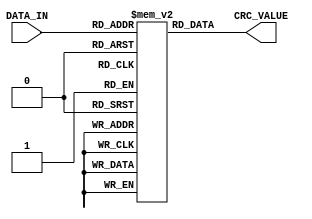
`timescale 1ns / 1ps
//////////////////////////////////////////////////////////////////////////////////
// Company: 
// Engineer: 
// 
// Design Name: 
// Module Name: lut_03
// Project Name: 
// Target Devices: 
// Tool Versions: 
// Description: 
// 
// Dependencies: 
// 
// Revision:
// Revision 0.01 - File Created
// Additional Comments:
// 
//////////////////////////////////////////////////////////////////////////////////


module lut_03(
    input [7:0] DATA_IN,
    output [31:0] CRC_VALUE
    );
    
    
    reg [31:0] rom[255:0];
    assign CRC_VALUE = rom[DATA_IN];
    
    initial
    begin
        rom[0] <= 32'h00000000;
        rom[1] <= 32'h01d8ac87;
        rom[2] <= 32'h03b1590e;
        rom[3] <= 32'h0269f589;
        rom[4] <= 32'h0762b21c;
        rom[5] <= 32'h06ba1e9b;
        rom[6] <= 32'h04d3eb12;
        rom[7] <= 32'h050b4795;
        rom[8] <= 32'h0ec56438;
        rom[9] <= 32'h0f1dc8bf;
        rom[10] <= 32'h0d743d36;
        rom[11] <= 32'h0cac91b1;
        rom[12] <= 32'h09a7d624;
        rom[13] <= 32'h087f7aa3;
        rom[14] <= 32'h0a168f2a;
        rom[15] <= 32'h0bce23ad;
        rom[16] <= 32'h1d8ac870;
        rom[17] <= 32'h1c5264f7;
        rom[18] <= 32'h1e3b917e;
        rom[19] <= 32'h1fe33df9;
        rom[20] <= 32'h1ae87a6c;
        rom[21] <= 32'h1b30d6eb;
        rom[22] <= 32'h19592362;
        rom[23] <= 32'h18818fe5;
        rom[24] <= 32'h134fac48;
        rom[25] <= 32'h129700cf;
        rom[26] <= 32'h10fef546;
        rom[27] <= 32'h112659c1;
        rom[28] <= 32'h142d1e54;
        rom[29] <= 32'h15f5b2d3;
        rom[30] <= 32'h179c475a;
        rom[31] <= 32'h1644ebdd;
        rom[32] <= 32'h3b1590e0;
        rom[33] <= 32'h3acd3c67;
        rom[34] <= 32'h38a4c9ee;
        rom[35] <= 32'h397c6569;
        rom[36] <= 32'h3c7722fc;
        rom[37] <= 32'h3daf8e7b;
        rom[38] <= 32'h3fc67bf2;
        rom[39] <= 32'h3e1ed775;
        rom[40] <= 32'h35d0f4d8;
        rom[41] <= 32'h3408585f;
        rom[42] <= 32'h3661add6;
        rom[43] <= 32'h37b90151;
        rom[44] <= 32'h32b246c4;
        rom[45] <= 32'h336aea43;
        rom[46] <= 32'h31031fca;
        rom[47] <= 32'h30dbb34d;
        rom[48] <= 32'h269f5890;
        rom[49] <= 32'h2747f417;
        rom[50] <= 32'h252e019e;
        rom[51] <= 32'h24f6ad19;
        rom[52] <= 32'h21fdea8c;
        rom[53] <= 32'h2025460b;
        rom[54] <= 32'h224cb382;
        rom[55] <= 32'h23941f05;
        rom[56] <= 32'h285a3ca8;
        rom[57] <= 32'h2982902f;
        rom[58] <= 32'h2beb65a6;
        rom[59] <= 32'h2a33c921;
        rom[60] <= 32'h2f388eb4;
        rom[61] <= 32'h2ee02233;
        rom[62] <= 32'h2c89d7ba;
        rom[63] <= 32'h2d517b3d;
        rom[64] <= 32'h762b21c0;
        rom[65] <= 32'h77f38d47;
        rom[66] <= 32'h759a78ce;
        rom[67] <= 32'h7442d449;
        rom[68] <= 32'h714993dc;
        rom[69] <= 32'h70913f5b;
        rom[70] <= 32'h72f8cad2;
        rom[71] <= 32'h73206655;
        rom[72] <= 32'h78ee45f8;
        rom[73] <= 32'h7936e97f;
        rom[74] <= 32'h7b5f1cf6;
        rom[75] <= 32'h7a87b071;
        rom[76] <= 32'h7f8cf7e4;
        rom[77] <= 32'h7e545b63;
        rom[78] <= 32'h7c3daeea;
        rom[79] <= 32'h7de5026d;
        rom[80] <= 32'h6ba1e9b0;
        rom[81] <= 32'h6a794537;
        rom[82] <= 32'h6810b0be;
        rom[83] <= 32'h69c81c39;
        rom[84] <= 32'h6cc35bac;
        rom[85] <= 32'h6d1bf72b;
        rom[86] <= 32'h6f7202a2;
        rom[87] <= 32'h6eaaae25;
        rom[88] <= 32'h65648d88;
        rom[89] <= 32'h64bc210f;
        rom[90] <= 32'h66d5d486;
        rom[91] <= 32'h670d7801;
        rom[92] <= 32'h62063f94;
        rom[93] <= 32'h63de9313;
        rom[94] <= 32'h61b7669a;
        rom[95] <= 32'h606fca1d;
        rom[96] <= 32'h4d3eb120;
        rom[97] <= 32'h4ce61da7;
        rom[98] <= 32'h4e8fe82e;
        rom[99] <= 32'h4f5744a9;
        rom[100] <= 32'h4a5c033c;
        rom[101] <= 32'h4b84afbb;
        rom[102] <= 32'h49ed5a32;
        rom[103] <= 32'h4835f6b5;
        rom[104] <= 32'h43fbd518;
        rom[105] <= 32'h4223799f;
        rom[106] <= 32'h404a8c16;
        rom[107] <= 32'h41922091;
        rom[108] <= 32'h44996704;
        rom[109] <= 32'h4541cb83;
        rom[110] <= 32'h47283e0a;
        rom[111] <= 32'h46f0928d;
        rom[112] <= 32'h50b47950;
        rom[113] <= 32'h516cd5d7;
        rom[114] <= 32'h5305205e;
        rom[115] <= 32'h52dd8cd9;
        rom[116] <= 32'h57d6cb4c;
        rom[117] <= 32'h560e67cb;
        rom[118] <= 32'h54679242;
        rom[119] <= 32'h55bf3ec5;
        rom[120] <= 32'h5e711d68;
        rom[121] <= 32'h5fa9b1ef;
        rom[122] <= 32'h5dc04466;
        rom[123] <= 32'h5c18e8e1;
        rom[124] <= 32'h5913af74;
        rom[125] <= 32'h58cb03f3;
        rom[126] <= 32'h5aa2f67a;
        rom[127] <= 32'h5b7a5afd;
        rom[128] <= 32'hec564380;
        rom[129] <= 32'hed8eef07;
        rom[130] <= 32'hefe71a8e;
        rom[131] <= 32'hee3fb609;
        rom[132] <= 32'heb34f19c;
        rom[133] <= 32'heaec5d1b;
        rom[134] <= 32'he885a892;
        rom[135] <= 32'he95d0415;
        rom[136] <= 32'he29327b8;
        rom[137] <= 32'he34b8b3f;
        rom[138] <= 32'he1227eb6;
        rom[139] <= 32'he0fad231;
        rom[140] <= 32'he5f195a4;
        rom[141] <= 32'he4293923;
        rom[142] <= 32'he640ccaa;
        rom[143] <= 32'he798602d;
        rom[144] <= 32'hf1dc8bf0;
        rom[145] <= 32'hf0042777;
        rom[146] <= 32'hf26dd2fe;
        rom[147] <= 32'hf3b57e79;
        rom[148] <= 32'hf6be39ec;
        rom[149] <= 32'hf766956b;
        rom[150] <= 32'hf50f60e2;
        rom[151] <= 32'hf4d7cc65;
        rom[152] <= 32'hff19efc8;
        rom[153] <= 32'hfec1434f;
        rom[154] <= 32'hfca8b6c6;
        rom[155] <= 32'hfd701a41;
        rom[156] <= 32'hf87b5dd4;
        rom[157] <= 32'hf9a3f153;
        rom[158] <= 32'hfbca04da;
        rom[159] <= 32'hfa12a85d;
        rom[160] <= 32'hd743d360;
        rom[161] <= 32'hd69b7fe7;
        rom[162] <= 32'hd4f28a6e;
        rom[163] <= 32'hd52a26e9;
        rom[164] <= 32'hd021617c;
        rom[165] <= 32'hd1f9cdfb;
        rom[166] <= 32'hd3903872;
        rom[167] <= 32'hd24894f5;
        rom[168] <= 32'hd986b758;
        rom[169] <= 32'hd85e1bdf;
        rom[170] <= 32'hda37ee56;
        rom[171] <= 32'hdbef42d1;
        rom[172] <= 32'hdee40544;
        rom[173] <= 32'hdf3ca9c3;
        rom[174] <= 32'hdd555c4a;
        rom[175] <= 32'hdc8df0cd;
        rom[176] <= 32'hcac91b10;
        rom[177] <= 32'hcb11b797;
        rom[178] <= 32'hc978421e;
        rom[179] <= 32'hc8a0ee99;
        rom[180] <= 32'hcdaba90c;
        rom[181] <= 32'hcc73058b;
        rom[182] <= 32'hce1af002;
        rom[183] <= 32'hcfc25c85;
        rom[184] <= 32'hc40c7f28;
        rom[185] <= 32'hc5d4d3af;
        rom[186] <= 32'hc7bd2626;
        rom[187] <= 32'hc6658aa1;
        rom[188] <= 32'hc36ecd34;
        rom[189] <= 32'hc2b661b3;
        rom[190] <= 32'hc0df943a;
        rom[191] <= 32'hc10738bd;
        rom[192] <= 32'h9a7d6240;
        rom[193] <= 32'h9ba5cec7;
        rom[194] <= 32'h99cc3b4e;
        rom[195] <= 32'h981497c9;
        rom[196] <= 32'h9d1fd05c;
        rom[197] <= 32'h9cc77cdb;
        rom[198] <= 32'h9eae8952;
        rom[199] <= 32'h9f7625d5;
        rom[200] <= 32'h94b80678;
        rom[201] <= 32'h9560aaff;
        rom[202] <= 32'h97095f76;
        rom[203] <= 32'h96d1f3f1;
        rom[204] <= 32'h93dab464;
        rom[205] <= 32'h920218e3;
        rom[206] <= 32'h906bed6a;
        rom[207] <= 32'h91b341ed;
        rom[208] <= 32'h87f7aa30;
        rom[209] <= 32'h862f06b7;
        rom[210] <= 32'h8446f33e;
        rom[211] <= 32'h859e5fb9;
        rom[212] <= 32'h8095182c;
        rom[213] <= 32'h814db4ab;
        rom[214] <= 32'h83244122;
        rom[215] <= 32'h82fceda5;
        rom[216] <= 32'h8932ce08;
        rom[217] <= 32'h88ea628f;
        rom[218] <= 32'h8a839706;
        rom[219] <= 32'h8b5b3b81;
        rom[220] <= 32'h8e507c14;
        rom[221] <= 32'h8f88d093;
        rom[222] <= 32'h8de1251a;
        rom[223] <= 32'h8c39899d;
        rom[224] <= 32'ha168f2a0;
        rom[225] <= 32'ha0b05e27;
        rom[226] <= 32'ha2d9abae;
        rom[227] <= 32'ha3010729;
        rom[228] <= 32'ha60a40bc;
        rom[229] <= 32'ha7d2ec3b;
        rom[230] <= 32'ha5bb19b2;
        rom[231] <= 32'ha463b535;
        rom[232] <= 32'hafad9698;
        rom[233] <= 32'hae753a1f;
        rom[234] <= 32'hac1ccf96;
        rom[235] <= 32'hadc46311;
        rom[236] <= 32'ha8cf2484;
        rom[237] <= 32'ha9178803;
        rom[238] <= 32'hab7e7d8a;
        rom[239] <= 32'haaa6d10d;
        rom[240] <= 32'hbce23ad0;
        rom[241] <= 32'hbd3a9657;
        rom[242] <= 32'hbf5363de;
        rom[243] <= 32'hbe8bcf59;
        rom[244] <= 32'hbb8088cc;
        rom[245] <= 32'hba58244b;
        rom[246] <= 32'hb831d1c2;
        rom[247] <= 32'hb9e97d45;
        rom[248] <= 32'hb2275ee8;
        rom[249] <= 32'hb3fff26f;
        rom[250] <= 32'hb19607e6;
        rom[251] <= 32'hb04eab61;
        rom[252] <= 32'hb545ecf4;
        rom[253] <= 32'hb49d4073;
        rom[254] <= 32'hb6f4b5fa;
        rom[255] <= 32'hb72c197d;
    end
    
endmodule